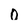
Character: 0